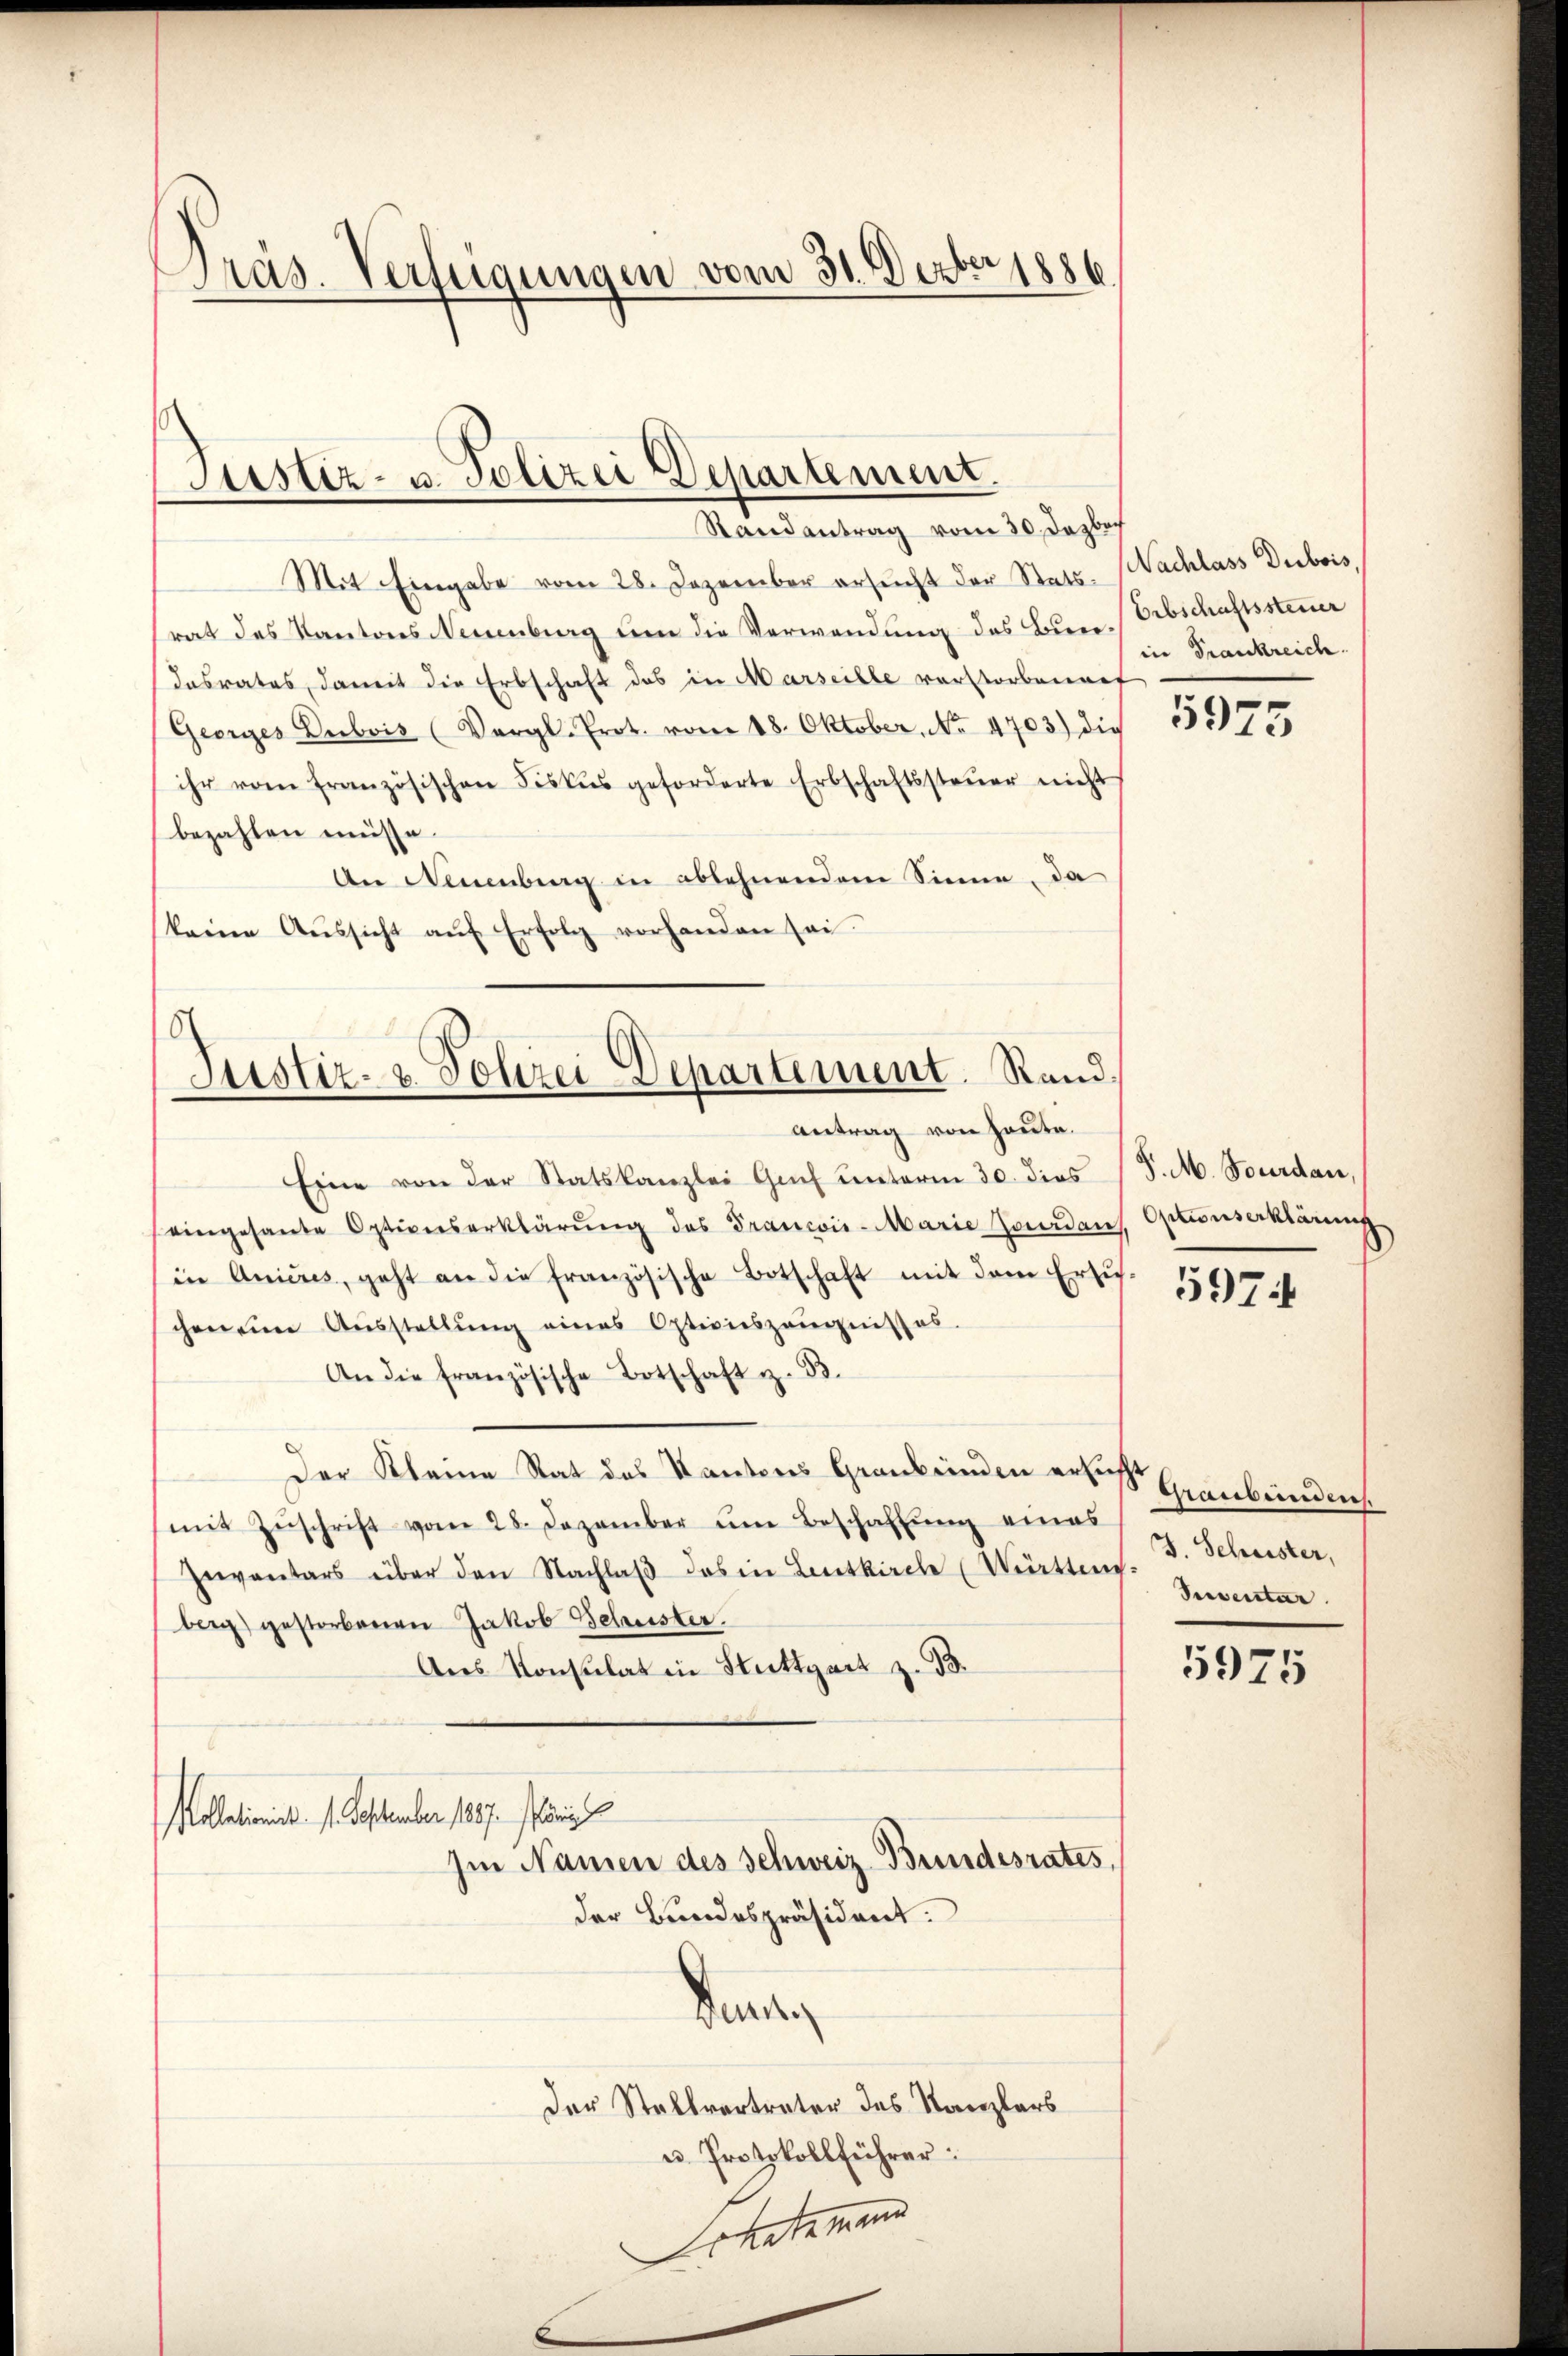
Präs. Verfügungen vom 31. Dezbr 1886

Mit Eingabe vom 28. Dezember ersŭcht der Stats. Nachlass Dubois
rat des Kantons Neuenburg um die Verwendung des Bundasrates, damit die Erbschaft das in Marseille verstorbenens
Georges Dubois (Vergl. Prot. vom 18. Oktober, No. 4703) die
ihr vom französischen Fiskus geforderte Erbschaftssteŭer nicht
bezahlen müsse.
An Neuenburg in ablehnenden Sinne, da
keine Aŭssicht aŭf Erfolg vorhanden sei.

Justiz- u. Polizei Departement.
Randantrag vom 30. Dazbach

Justiz- & Polizei Departement. Rand¬
Antrag von heute.

Eine von der Statskanzlei Genf unterm 30. dies J. M. Tourdan,
eingesante Optionserklärŭng des Francois-Marie Jourdan
in Anicus, geht an die französische Botschaft mit dem Erzŭ-
chen eine Aŭsstellŭng eines Optionszeugnisses.
An die französische Botschaft z. B.
Der Kleine Rat des Kantons Graubünden erbesse Einbrinden.
mit Zŭschrift vom 28. Dezember ŭm Beschaffŭng eines
Inventars über den Nachlaβ das in Leutkirche (Wetten.
berg) gestorbenen Jakob Beleister.
Ans Konsulat in Stuttgart z. B.
Kollationi. 1. September 1807. Mär
Im Namen des Schweiz Bundesrates.
der Bundespräsident:
Bunden
Der Stellvertreter des Kanzlers
u. Protokollführer:
okatemen

Erbschaftssteuer
in Frankreich.

5975

Optionserklärung

597

J. Schwister,
Seventar

5975